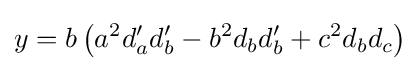
y=b\left(a^{2}d_{a}'d_{b}'-b^{2}d_{b}d_{b}'+c^{2}d_{b}d_{c}\right)